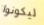
ليكونوا